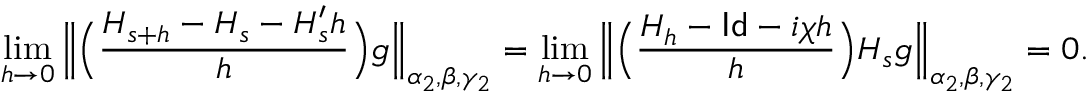
\operatorname* { l i m } _ { h \to 0 } \Big \| \Big ( \frac { H _ { s + h } - H _ { s } - H _ { s } ^ { \prime } h } { h } \Big ) g \Big \| _ { \alpha _ { 2 } , \beta , \gamma _ { 2 } } = \operatorname* { l i m } _ { h \to 0 } \Big \| \Big ( \frac { H _ { h } - \mathsf { I d } - i \chi h } { h } \Big ) H _ { s } g \Big \| _ { \alpha _ { 2 } , \beta , \gamma _ { 2 } } = 0 .